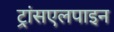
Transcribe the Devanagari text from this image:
ट्रांसएलपाइन